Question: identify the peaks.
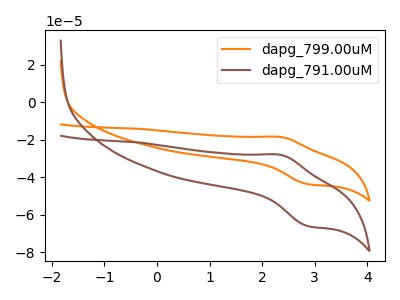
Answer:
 <answer>The orange curve "dapg_799.00uM" has an anodic peak at (2.35V, -18.55uA) and a cathodic peak at (2.85V, -43.65uA). The brown curve "dapg_791.00uM" has an anodic peak at (2.35V, -28.05uA) and a cathodic peak at (2.85V, -65.95uA).</answer>
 <eval></eval>